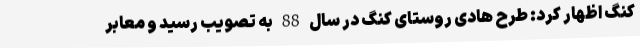
کنگ اظهار کرد: طرح هادی روستای کنگ در سال 88 به تصویب رسید و معابر